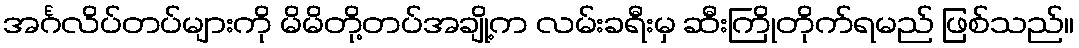
အင်္ဂလိပ်တပ်များကို မိမိတို့တပ်အချို့က လမ်းခရီးမှ ဆီးကြိုတိုက်ရမည် ဖြစ်သည်။